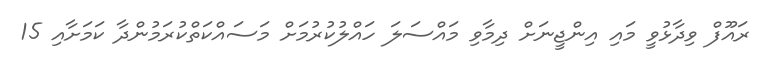
ރައޫފް ވިދާޅުވީ މައި އިންޖީނަށް ދިމާވި މައްސަލަ ހައްލުކުރުމަށް މަސައްކަތްކުރަމުންދާ ކަމަށާއި 15